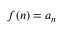
f ( n ) = a _ { n }